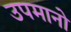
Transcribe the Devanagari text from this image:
उपमानो